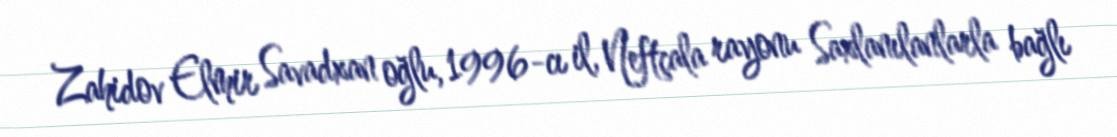
Zahidov Elmir Savadxan oğlu, 1996-cı il, Neftçala rayonu Saxlanılanlarla bağlı